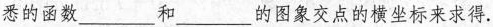
悉的函数___和___的图象交点的横坐标来求得.